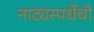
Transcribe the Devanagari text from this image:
नाट्यस्पर्धेची